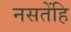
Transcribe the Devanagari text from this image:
नसतेंहि